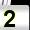
Digit: 2